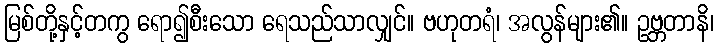
မြစ်တို့နှင့်တကွ ရော၍စီးသော ရေသည်သာလျှင်။ ဗဟုတရံ၊ အလွန်များ၏။ ဥဗ္ဘတာနိ၊